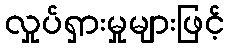
လှုပ်ရှားမှုများဖြင့်